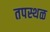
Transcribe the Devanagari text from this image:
तपस्थळ